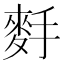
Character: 𪌐